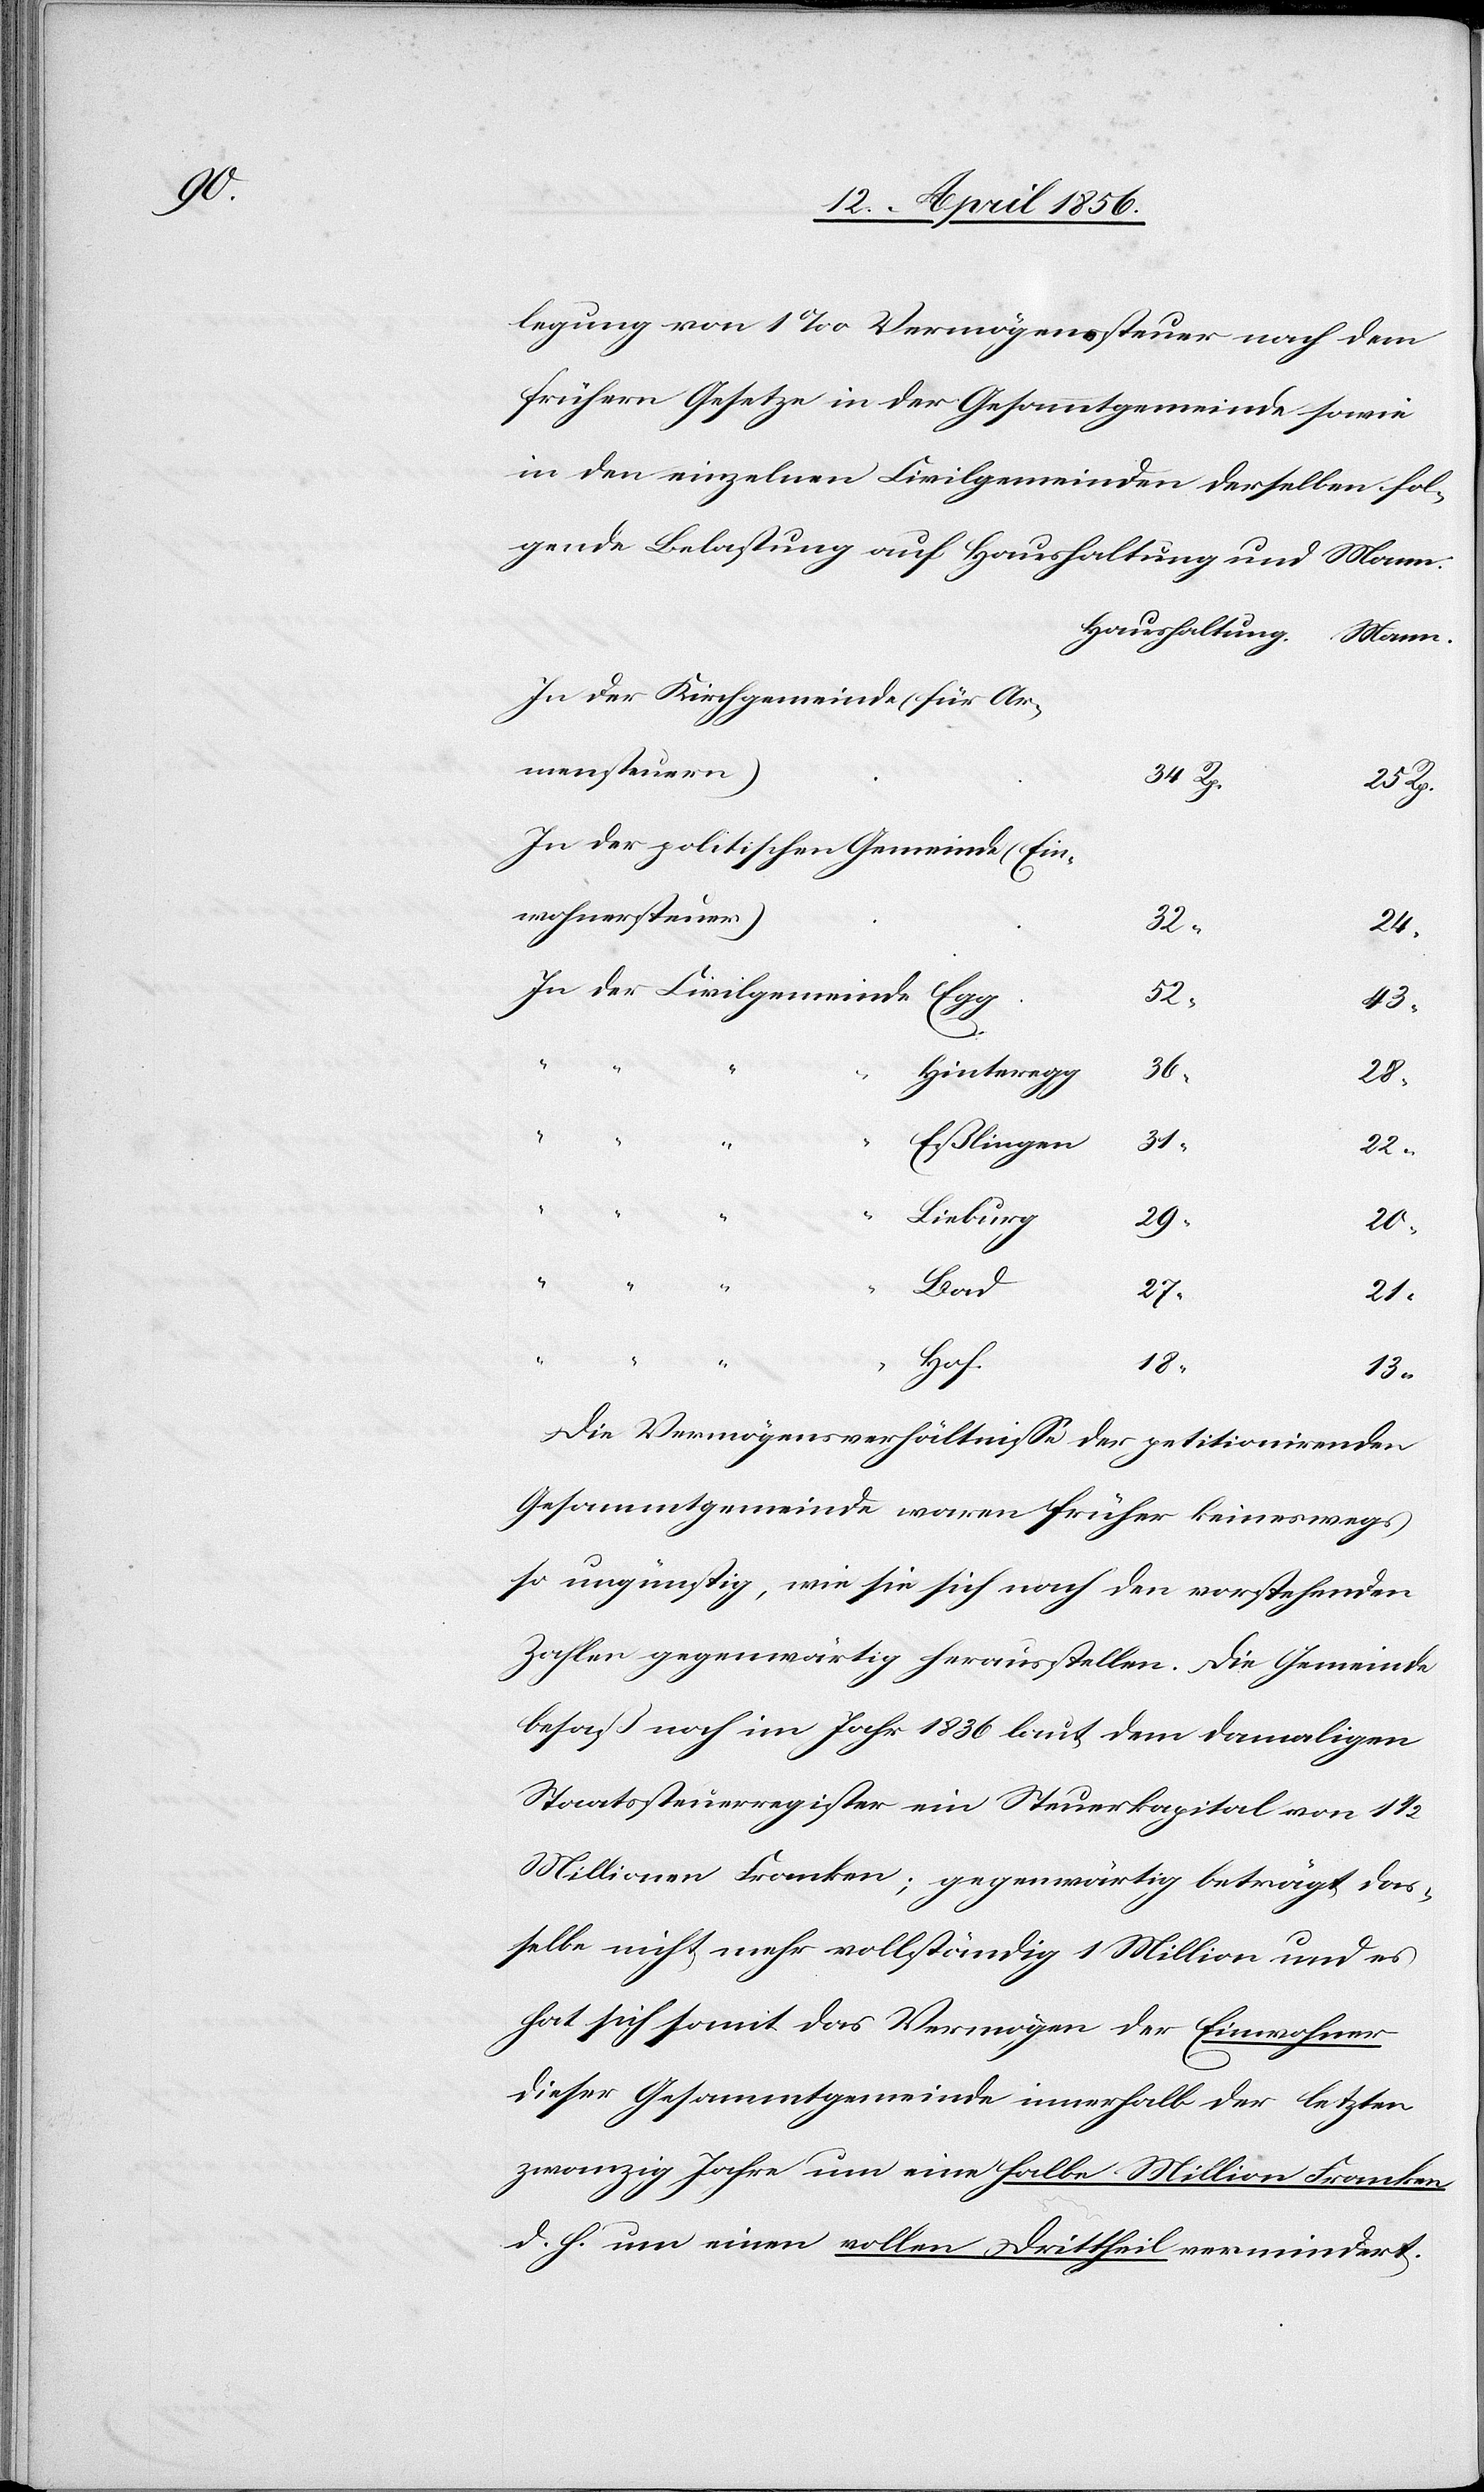
legung von 1‰ Vermögenssteuer nach dem
frühern Gesetze in der Gesammtgemeinde sowie
in den einzelnen Civilgemeinden derselben fol¬
gende Belastung auf Haushaltung und Mann.
mensteuern)
34
Civilge¬
wohnersteuern)
32
24
43
Hinteregg
Eßlingen
31
22
“
Lieburg
29
20
Bad
27
21
Hof
18
13
Die Vermögensverhältnisse der petitionirenden
Gesammtgemeinde waren früher keineswegs
so ungünstig, wie sie sich nach den vorstehenden
Zahlen gegenwärtig herausstellen. Die Gemeinde
besaß noch im Jahr 1836 laut dem damaligen
Staatssteuerregister ein Steuerkapital von 1½
Millionen Franken; gegenwärtig beträgt das¬
selbe nicht mehr vollständig 1 Million und es
hat sich somit das Vermögen der Einwohner
dieser Gesammtgemeinde innerhalb der letzten
zwanzig Jahre um eine halbe Million Franken
d. h. um einen vollen Drittheil vermindert.